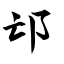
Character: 邙